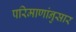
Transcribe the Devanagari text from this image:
परिमाणांनुसार